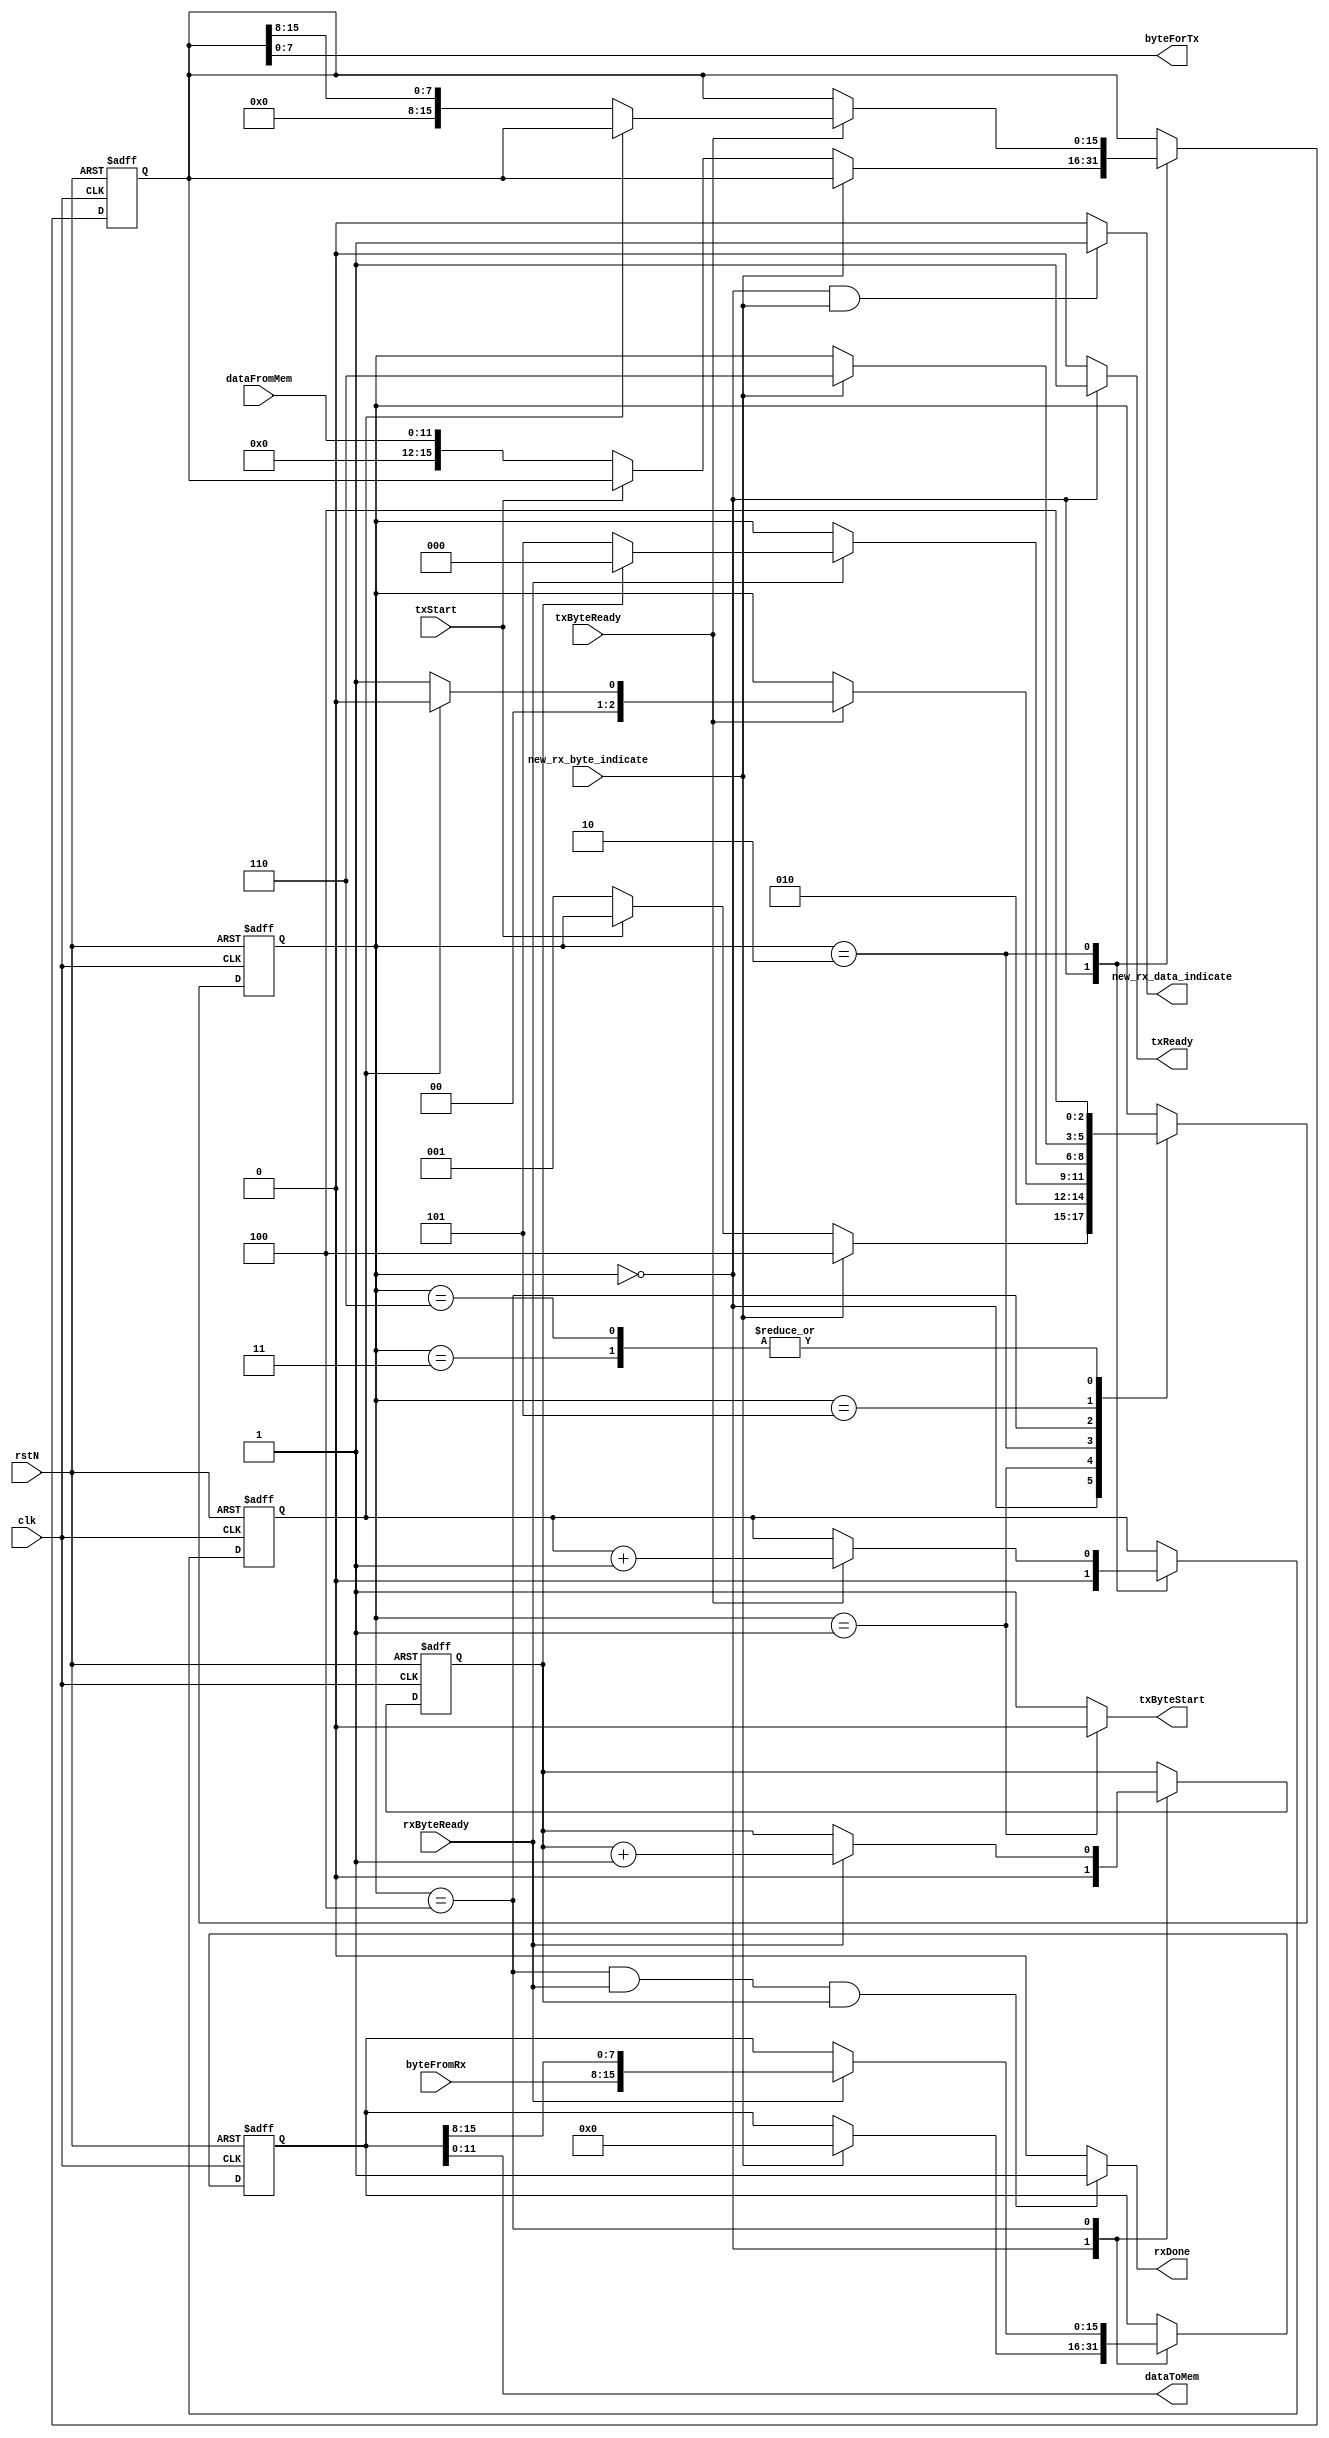
module uart_encoder_decoder 
#(
    parameter DATA_WIDTH = 12, // width of memory word
    parameter UART_WIDTH = 8
)
(
    input [DATA_WIDTH-1:0]dataFromMem,
    input clk,rstN,txStart,
    output txReady,rxDone,
    output [DATA_WIDTH-1:0]dataToMem,
    output new_rx_data_indicate,

    //////////////////////// inputs outputs for the UART system
    input txByteReady,
    output txByteStart,
    output [UART_WIDTH-1:0]byteForTx,

    input [UART_WIDTH-1:0]byteFromRx,
    input rxByteReady,new_rx_byte_indicate
);

localparam EXTRA = ((DATA_WIDTH % UART_WIDTH) == 0)?0:1;
localparam COUNT = (DATA_WIDTH/UART_WIDTH) + EXTRA;
localparam BUFFER_WIDTH = COUNT * UART_WIDTH;
localparam COUNTER_LENGTH = (COUNT == 1)? 1:$clog2(COUNT);

localparam [2:0]
            idle = 3'd0,
            transmit_1 = 3'd1,
            transmit_2 = 3'd2,
            receive_0 = 3'd3,
            receive_1 = 3'd4,
            receive_2 = 3'd5,
            receive_3 = 3'd6;

reg [2:0]currentState, nextState;
reg [BUFFER_WIDTH-1:0]currentTxBuffer, nextTxBuffer;
reg [BUFFER_WIDTH-1:0]currentRxBuffer, nextRxBuffer;
reg [COUNTER_LENGTH-1:0]currentTxCount, nextTxCount;
reg [COUNTER_LENGTH-1:0]currentRxCount, nextRxCount;

always @(posedge clk or negedge rstN) begin
    if (!rstN) begin
        currentTxBuffer <= {BUFFER_WIDTH{1'b0}};
        currentRxBuffer <= {BUFFER_WIDTH{1'b0}};
        currentTxCount <= {COUNTER_LENGTH{1'b0}};
        currentRxCount <= {COUNTER_LENGTH{1'b0}};
        currentState <= idle;
    end
    else begin
        currentTxBuffer <= nextTxBuffer;
        currentRxBuffer <= nextRxBuffer;
        currentTxCount <= nextTxCount;
        currentRxCount <= nextRxCount;
        currentState <= nextState;        
    end
end

always @(*) begin
    nextState = currentState;
    nextTxCount = currentTxCount;
    nextRxCount = currentRxCount;
    nextTxBuffer = currentTxBuffer;
    nextRxBuffer = currentRxBuffer;

    case (currentState)
        idle: begin
            nextTxCount = {COUNTER_LENGTH{1'b0}};
            nextRxCount = {COUNTER_LENGTH{1'b0}};
            if (new_rx_byte_indicate) begin  //receiver indicates a arrival of new byte
                nextState = receive_1;
                nextRxBuffer = {BUFFER_WIDTH{1'b0}};
            end
            else if (txStart == 1'b0) begin
                nextState = transmit_1;
                nextTxBuffer = dataFromMem;
            end
        end

        transmit_1: begin           //start byte transmission
            nextState = transmit_2;
        end


        transmit_2: begin           // end of the byte transmission
            if (txByteReady) begin
                if (BUFFER_WIDTH == UART_WIDTH) begin
                    nextState = idle;
                end    
                else begin
                    nextTxCount = currentTxCount + 1'b1;
                    if (currentTxCount == COUNT-1 )   
                        nextState = idle;
                    else begin
                        nextTxBuffer = currentTxBuffer >> UART_WIDTH;
                        nextState = transmit_1;
                    end
                end
            end
        end

        receive_0: begin           // to give a EXTRA time to make rxByteReady to become 1'b0
            nextState = receive_1;
        end

        receive_1 : begin
            if(rxByteReady) begin
                nextRxCount = currentRxCount + 1'b1;
                if (BUFFER_WIDTH == 8) begin
                    nextRxBuffer = byteFromRx;
                    nextState = idle;
                end
                else begin
                    nextRxBuffer = {byteFromRx,currentRxBuffer[BUFFER_WIDTH-1:8]};
                    if (currentRxCount == (COUNT-1))
                        nextState = idle;
                    else
                        nextState = receive_2;
                end                
            end
        end

        receive_2: begin
            if(new_rx_byte_indicate)  //receiver indicates a arrival of new byte
                nextState = receive_3;
        end
		  
        receive_3: begin              // to give a EXTRA time to make rxByteReady to become 1'b0
            nextState = receive_1;
        end
        
    endcase
end


assign txByteStart = (currentState == transmit_1)? 1'b0: 1'b1;
assign txReady = (currentState == idle)? 1'b1 : 1'b0;
assign byteForTx = currentTxBuffer[UART_WIDTH-1:0];
assign rxDone = ((currentState == receive_1) && (rxByteReady == 1'b1) && (currentRxCount == COUNT-1 ))? 1'b1 : 1'b0;
assign dataToMem = currentRxBuffer[DATA_WIDTH-1:0];
assign new_rx_data_indicate = ((currentState == idle) && (new_rx_byte_indicate))? 1'b1: 1'b0; //arrival of new data set


endmodule